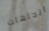
اتجاهات